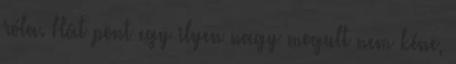
róla. Hát pont egy ilyen nagy mogult nem kéne,